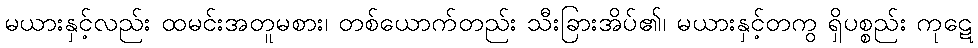
မယားနှင့်လည်း ထမင်းအတူမစား၊ တစ်ယောက်တည်း သီးခြားအိပ်၏၊ မယားနှင့်တကွ ရှိပစ္စည်း ကုဋေ